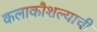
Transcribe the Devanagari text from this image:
कलाकौशल्याची